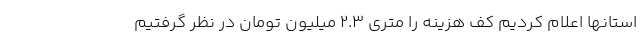
استانها اعلام کردیم کف هزینه را متری ۲.۳ میلیون تومان در نظر گرفتیم